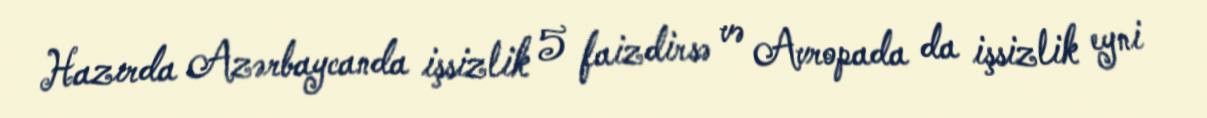
Hazırda Azərbaycanda işsizlik 5 faizdirsə və Avropada da işsizlik eyni